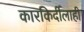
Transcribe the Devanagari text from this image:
कारकिर्दीलाही